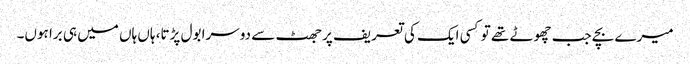
میرے بچے جب چھوٹے تھے تو کسی ایک کی تعریف پر جھٹ سے دوسرا بول پڑتا، ہاں ہاں میں ہی برا ہوں۔